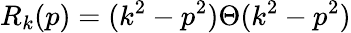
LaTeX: R_{k}(p)=(k^{2}-p^{2})\Theta(k^{2}-p^{2})